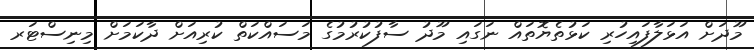
މޫދަށް އަޅަލާފައިހުރި ކަޅުތެޔޮތައް ނަގައި މޫދު ސާފުކުރުމުގެ މަސައްކަތް ކުރިއަށް ދާކަމަށް މިނިސްޓަރ